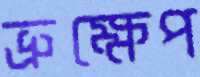
ভ্রুক্ষেপ